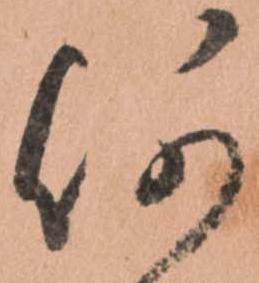
何